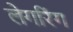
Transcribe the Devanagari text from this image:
लेगरिंग